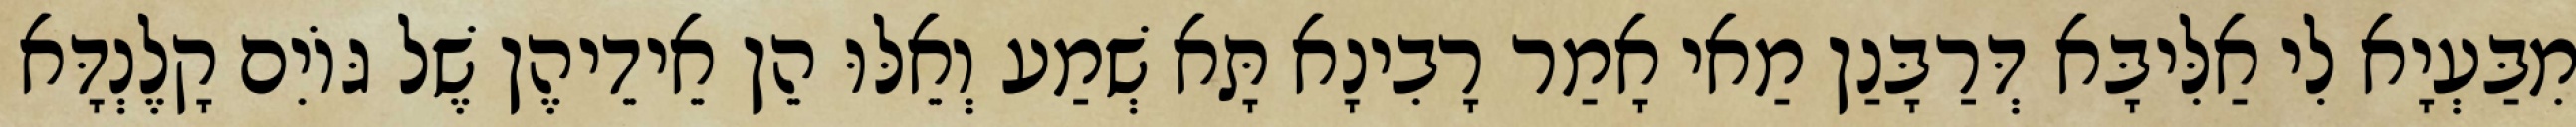
מִבַּעְיָא לִי אַלִּיבָּא דְּרַבָּנַן מַאי אָמַר רָבִינָא תָּא שְׁמַע וְאֵלּוּ הֵן אֵידֵיהֶן שֶׁל גּוֹיִם קָלֶנְדָּא